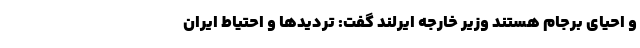
و احیای برجام هستند وزیر خارجه ایرلند گفت: تردیدها و احتیاط ایران